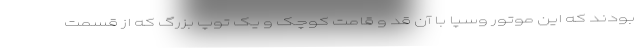
بودند که این موتور وسپا با آن قد و قامت کوچک و یک توپ بزرگ که از قسمت